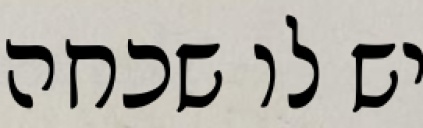
יש לו שכחה